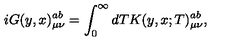
i G ( y , x ) _ { \mu \nu } ^ { a b } = \int _ { 0 } ^ { \infty } { d T K ( y , x ; T ) _ { \mu \nu } ^ { a b } } ,